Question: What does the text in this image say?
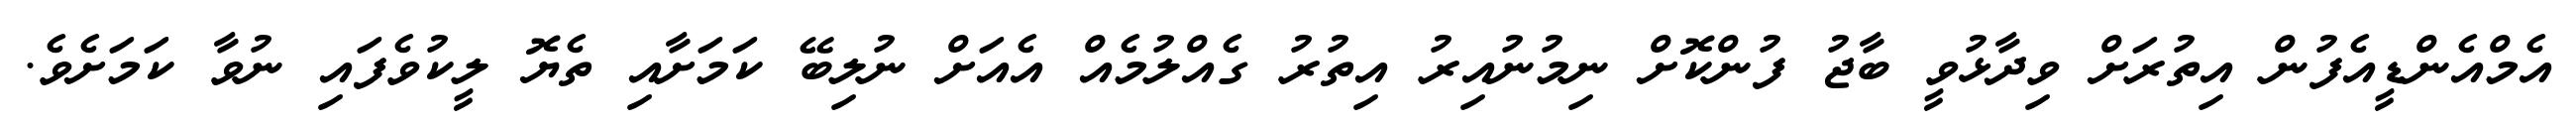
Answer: އެމްއެންޑީއެފުން އިތުރަށް ވިދާޅުވީ ބާޖު ފުންކޮށް ނިމުނުއިރު އިތުރު ގެއްލުމެއް އެއަށް ނުލިބޭ ކަމަށާއި ތެޔޮ ލީކުވެފައި ނުވާ ކަމަށެވެ.